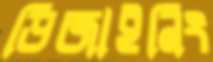
ডিজাইনিং